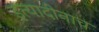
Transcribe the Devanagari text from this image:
इत्यादीनाच